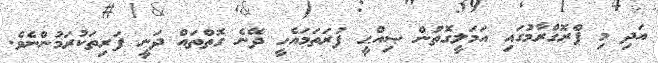
އަދި މި ޕްރޮގްރާމުގައި އަމަލީގޮތުން ޞިއްޙީ ފުރަތަމައެހީ ދޭނެ ގޮތްތައް ދަނީ ފަރިތަކުރަމުންނެވެ.